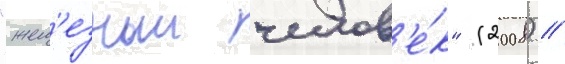
"жел'езныи челов'е́к" (2008) /